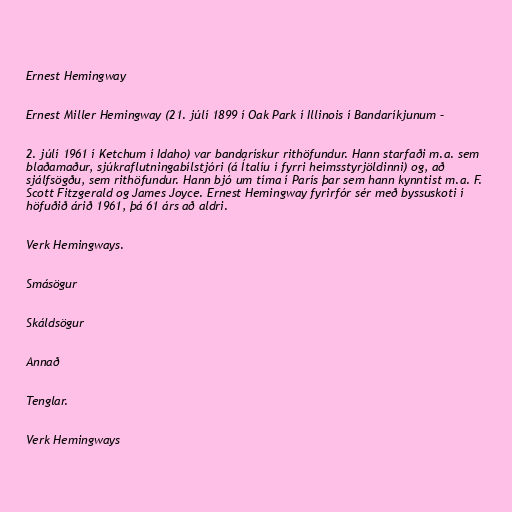
Ernest Hemingway

Ernest Miller Hemingway (21. júlí 1899 í Oak Park í Illinois í Bandaríkjunum –

2. júlí 1961 í Ketchum í Idaho) var bandarískur rithöfundur. Hann starfaði m.a. sem
blaðamaður, sjúkraflutningabílstjóri (á Ítalíu í fyrri heimsstyrjöldinni) og, að
sjálfsögðu, sem rithöfundur. Hann bjó um tíma í París þar sem hann kynntist m.a. F.
Scott Fitzgerald og James Joyce. Ernest Hemingway fyrirfór sér með byssuskoti í
höfuðið árið 1961, þá 61 árs að aldri.

Verk Hemingways.

Smásögur

Skáldsögur

Annað

Tenglar.

Verk Hemingways